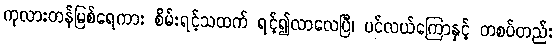
ကုလားတန်မြစ်ရေကား စိမ်းရင့်သထက် ရင့်၍လာလေပြီ၊ ပင်လယ်ကြောနှင့် တစပ်တည်း